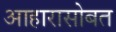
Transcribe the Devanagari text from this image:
आहारासोबत